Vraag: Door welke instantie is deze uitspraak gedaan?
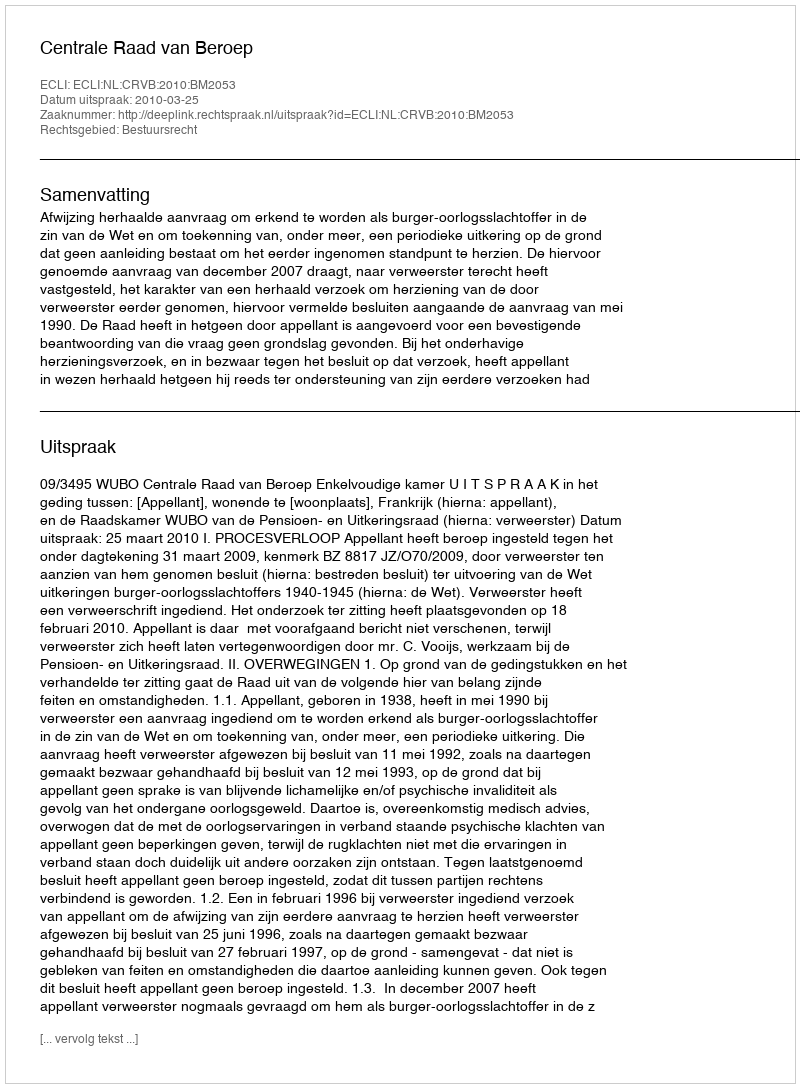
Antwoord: Centrale Raad van Beroep